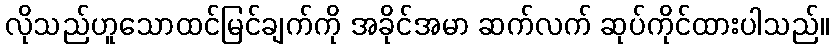
လိုသည်ဟူသောထင်မြင်ချက်ကို အခိုင်အမာ ဆက်လက် ဆုပ်ကိုင်ထားပါသည်။